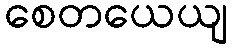
စေတယေယျ